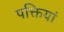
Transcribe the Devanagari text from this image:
पक्तियां